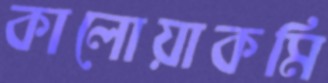
কালোয়াকমি